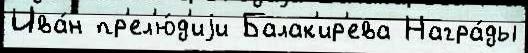
Ива́н пр'ел'ю́д'иjи Балак'ир'ева Награ́ды